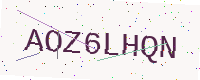
Text: AOZ6LHQN